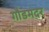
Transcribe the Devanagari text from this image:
गौडमदर